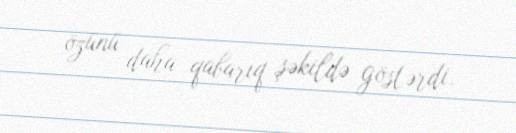
özünü daha qabarıq şəkildə göstərdi.